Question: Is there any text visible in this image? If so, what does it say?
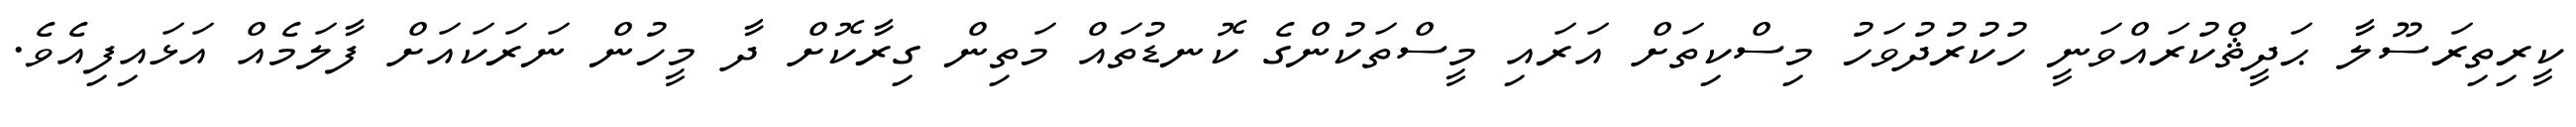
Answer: ކީރިތިރަސޫލާ ޙަދީޘްކުރައްވަނީ ހުކުރުދުވަހު މިސްކިތަށް އަރައި މީސްތަކުންގެ ކޮނޑުތައް މަތިން ގިރާކޮށް ދާ މީހުން ނަރަކައަށް ފާލަމެއް އަޅައިފިއެވެ.